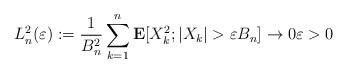
LaTeX: \begin{align*}L_n^2(\varepsilon):=\frac{1}{B_n^2}\sum_{k=1}^n\mathbf{E}[X_k^2;|X_k|>\varepsilon B_n]\to 0\varepsilon>0\end{align*}